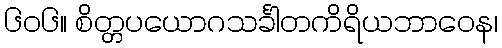
၆၀၆။ စိတ္တပယောဂသင်္ခါတကိရိယဘာဝေန၊